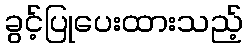
ခွင့်ပြုပေးထားသည့်